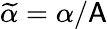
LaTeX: \widetilde{\alpha}=\alpha/\mathsf{A}